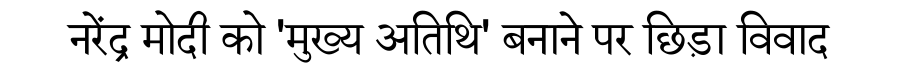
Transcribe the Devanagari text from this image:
नरेंद्र मोदी को 'मुख्य अतिथि' बनाने पर छिड़ा विवाद